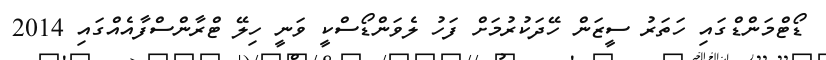
ޑޯޓްމަންޑްގައި ހަތަރު ސީޒަން ހޭދަކުރުމަށް ފަހު ލެވަންޑޯސްކީ ވަނީ ހިލޭ ޓްރާންސްފާއެއްގައި 2014